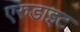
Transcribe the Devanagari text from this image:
एरुडाइट